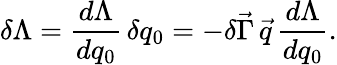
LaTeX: \delta\Lambda=\frac{d\Lambda}{dq_{0}}\, \delta q_{0}=-\delta\vec{\Gamma}\, \vec{q}\, \frac{d\Lambda}{dq_{0}}.